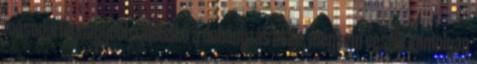
második legnagyobb rákkeltő a dohányzás után, mégsem veszik komolyan